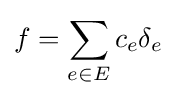
f=\sum _{e\in E}c_{e}\delta _{e}